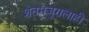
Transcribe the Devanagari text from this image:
शेतमजुरालाही